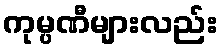
ကုမ္ပဏီများလည်း